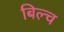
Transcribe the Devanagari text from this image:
बिल्च